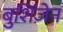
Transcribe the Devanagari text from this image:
बुशिंजेन